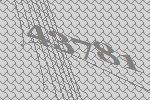
43781